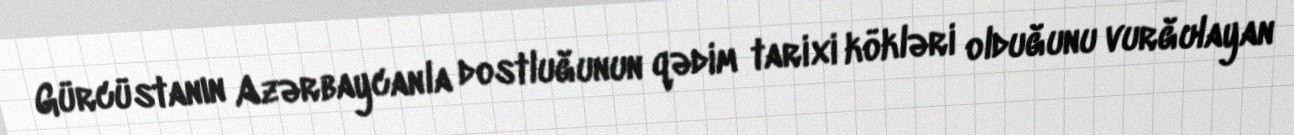
Gürcüstanın Azərbaycanla dostluğunun qədim tarixi kökləri olduğunu vurğulayan